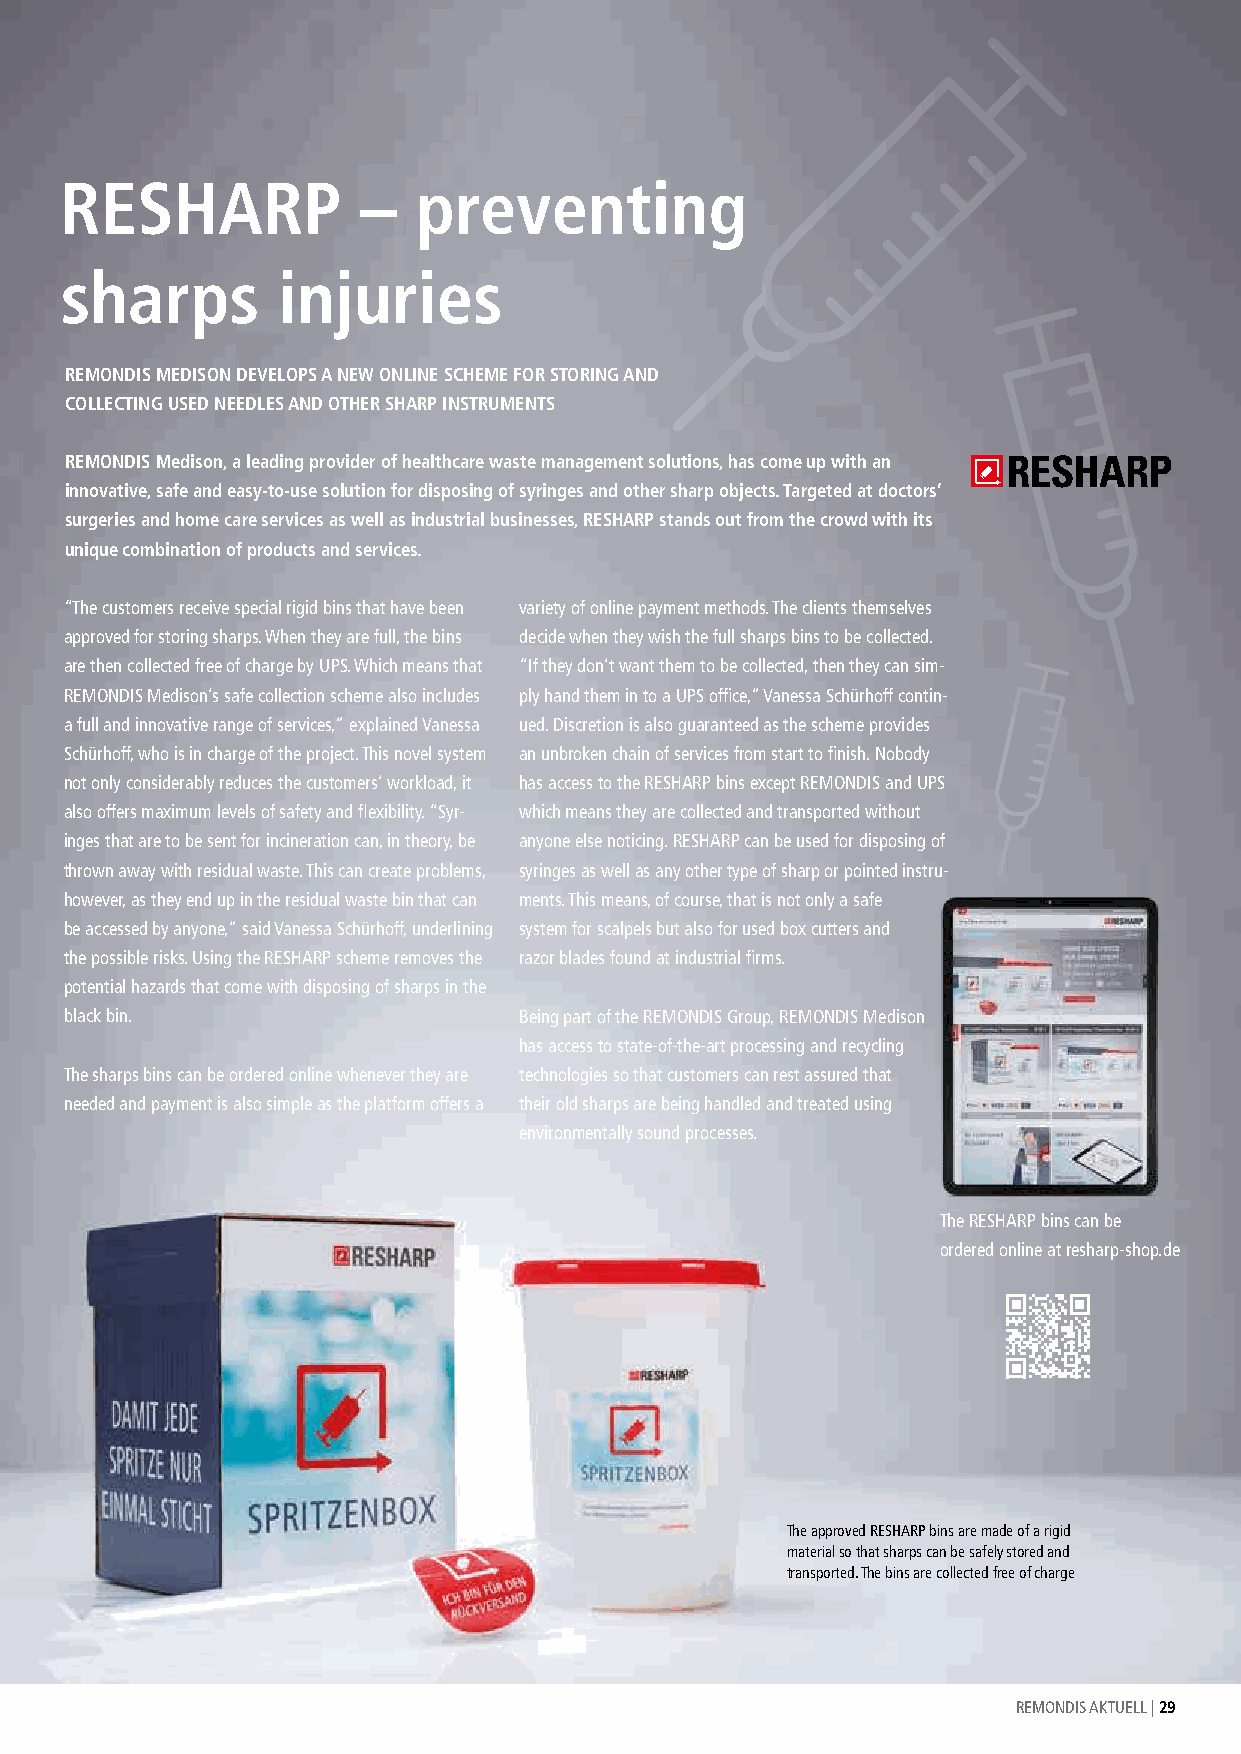
RESHARP             –   preventing
 sharps        injuries
 REMONDIS MEDISON DEVELOPS A NEW ONLINE SCHEME FOR STORING AND
 COLLECTING USED NEEDLES AND OTHER SHARP INSTRUMENTS
 REMONDIS Medison, a leading provider of healthcare waste management solutions, has come up with an
 innovative, safe and easy-to-use solution for disposing of syringes and other sharp objects. Targeted at doctors’
 surgeries and home care services as well as industrial businesses, RESHARP stands out from the crowd with its
 unique combination of products and services.
 “The customers receive special rigid bins that have been variety of online payment methods. The clients themselves
 approved for storing sharps. When they are full, the bins decide when they wish the full sharps bins to be collected.
 are then collected free of charge by UPS. Which means that “If they don’t want them to be collected, then they can sim-
 REMONDIS Medison’s safe collection scheme also includes ply hand them in to a UPS office,” Vanessa Schürhoff contin-
 a full and innovative range of services,” explained Vanessa ued. Discretion is also guaranteed as the scheme provides
 Schürhoff, who is in charge of the project. This novel system an unbroken chain of services from start to finish. Nobody
 not only considerably reduces the customers’ workload, it has access to the RESHARP bins except REMONDIS and UPS
 also offers maximum levels of safety and flexibility. “Syr- which means they are collected and transported without
 inges that are to be sent for incineration can, in theory, be anyone else noticing. RESHARP can be used for disposing of
 thrown away with residual waste. This can create problems, syringes as well as any other type of sharp or pointed instru-
 however, as they end up in the residual waste bin that can ments. This means, of course, that is not only a safe
 be accessed by anyone,” said Vanessa Schürhoff, underlining system for scalpels but also for used box cutters and
 the possible risks. Using the RESHARP scheme removes the razor blades found at industrial firms.
 potential hazards that come with disposing of sharps in the
 black bin.                    Being part of the REMONDIS Group, REMONDIS Medison
 has access to state-of-the-art processing and recycling
 The sharps bins can be ordered online whenever they are technologies so that customers can rest assured that
 needed and payment is also simple as the platform offers a their old sharps are being handled and treated using
 environmentally sound processes.
 The RESHARP bins can be
 ordered online at resharp-shop.de
 The approved RESHARP bins are made of a rigid
 material so that sharps can be safely stored and
 transported. The bins are collected free of charge
 REMONDIS AKTUELL | 29